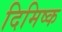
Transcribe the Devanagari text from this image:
दिमिष्क